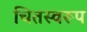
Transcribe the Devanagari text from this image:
चितस्वरूप